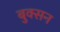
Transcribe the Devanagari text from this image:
बुक्सन